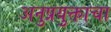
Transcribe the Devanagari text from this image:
अनुप्रयुक्ताचा